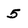
Character: 5